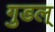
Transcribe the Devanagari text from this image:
गुडल्